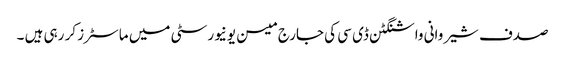
صدف شیروانی واشنگٹن ڈی سی کی جارج میسن یونیورسٹی میں ماسٹرز کر رہی ہیں ۔